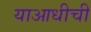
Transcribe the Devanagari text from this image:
याआधीची